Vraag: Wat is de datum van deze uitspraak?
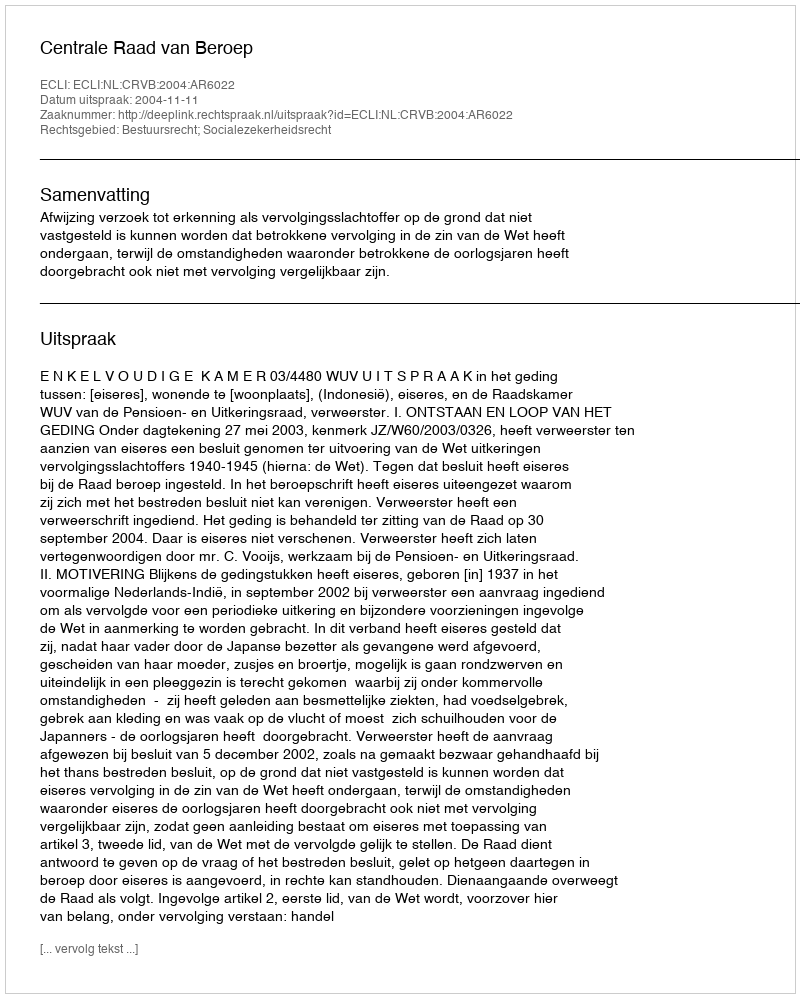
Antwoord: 2004-11-11